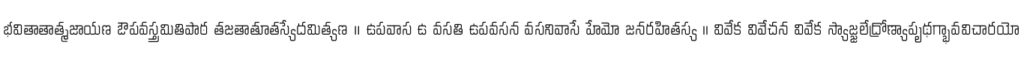
భవితాతాత్మజాయణ ఔపవస్త్రమితిపాఠ తజతాతూతస్యేదమిత్యణ ॥ ఉపవాస ఉ వసతి ఉపవసన వసనివాసే హేమో జనరహితస్య ।। వివేక వివేచన వివేక స్యాజ్జలేద్రోణ్యాపృథగ్భావవిచారయో